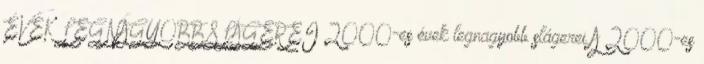
ÉVEK LEGNAGYOBB SLÁGEREI 2000-es évek legnagyobb slágerei A 2000-es